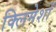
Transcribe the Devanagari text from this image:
क्लिमेशों